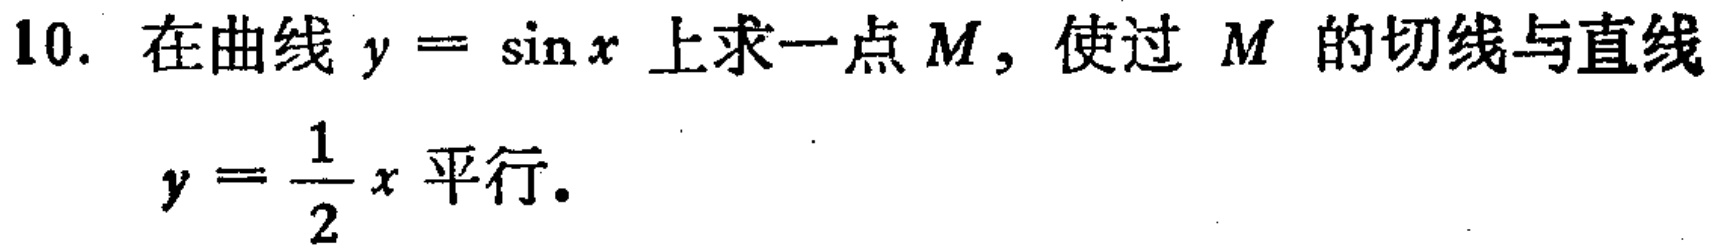
10. 在曲线$y = \sin x$上求一点$M$，使过$M$的切线与直线
$y = \frac{1}{2}x$平行。